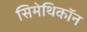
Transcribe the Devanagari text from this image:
सिमेथिकॉन